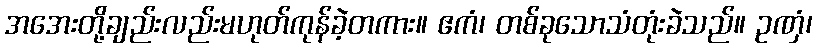
အအေးတို့ချည်းလည်းမဟုတ်ကုန်ခဲ့တကား။ ဧကံ၊ တစ်ခုသောသံတုံးခဲသည်။ ဥဏှံ၊